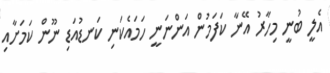
އެލީ ބުނީ މިހާރު އޭނާ ކަފަމުން އަންނަނީ ހަމައެކަނި ކަނޑުއަޑި ނޫން ކަމަށާއި